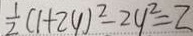
\frac { 1 } { 2 } ( 1 + 2 y ) ^ { 2 } - 2 y ^ { 2 } = Z